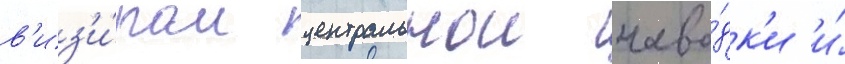
в'из'и́ром центральнои наво́дк'и и́